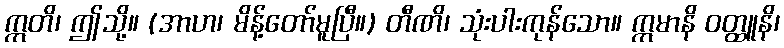
ဣတိ၊ ဤသို့။ (အာဟ၊ မိန့်တော်မူပြီ။) တီဏိ၊ သုံးပါးကုန်သော။ ဣမာနိ ဝတ္ထူနိ၊